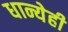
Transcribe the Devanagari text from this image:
धान्येही